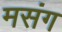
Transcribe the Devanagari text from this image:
मसंग